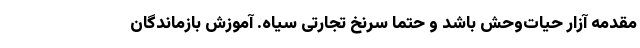
مقدمه آزار حیات‌وحش باشد و حتما سرنخ تجارتی سیاه. آموزش بازماندگان